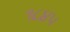
૧૮૪૫